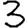
Digit: 3